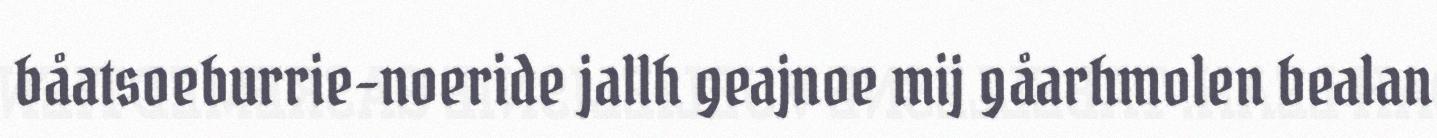
båatsoeburrie-noeride jallh geajnoe mij gåarhmolen bealan